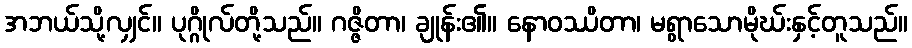
အဘယ်သို့လျှင်။ ပုဂ္ဂိုလ်တို့သည်။ ဂဇ္ဇိတာ၊ ချုန်း၏။ နောဝဿိတာ၊ မရွာသောမိုဃ်းနှင့်တူသည်။